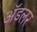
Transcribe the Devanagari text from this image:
अॅडलर